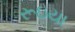
રૂઇયા